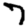
Digit: 7